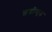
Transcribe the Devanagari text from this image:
छद्मीकृत